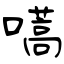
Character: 嚆